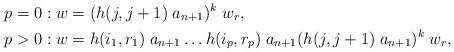
LaTeX: \begin{align*}\begin{aligned} p=0 : w &= (h(j,j+1) \; a_{n+1} )^k \; w_r , \\ p>0 :w &= h(i_1, r_1) \; a_{n+1} \dots h(i_p, r_p) \; a_{n+1} (h(j,j+1) \; a_{n+1} )^k \; w_r , \end{aligned} \end{align*}